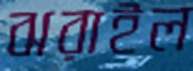
ঝরাইল